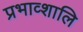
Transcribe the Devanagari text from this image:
प्रभाव्शालि